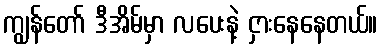
ကျွန်တော် ဒီအိမ်မှာ လပေးနဲ့ ငှားနေနေတယ်။